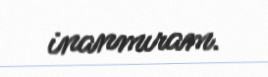
inanmıram.